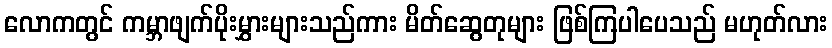
လောကတွင် ကမ္ဘာဖျက်ပိုးမွှားများသည်ကား မိတ်ဆွေတုများ ဖြစ်ကြပါပေသည် မဟုတ်လား